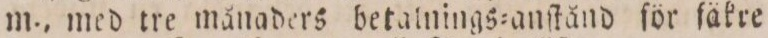
m., med tre månaders betalnings=anſtånd för fäkre